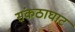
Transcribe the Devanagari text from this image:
संकठाघाट